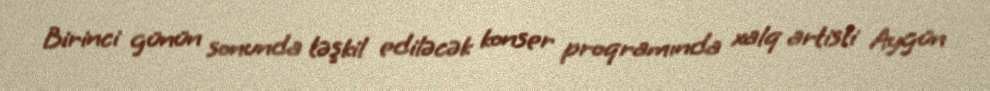
Birinci günün sonunda təşkil ediləcək konser proqramında xalq artisti Aygün